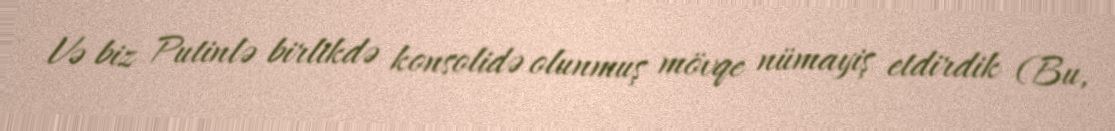
Və biz Putinlə birlikdə konsolidə olunmuş mövqe nümayiş etdirdik (Bu,